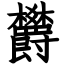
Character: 欝